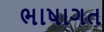
ભાષાગત